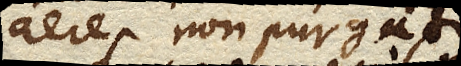
aere non purgatus